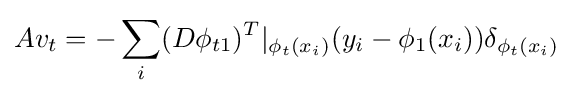
Av_{t}=-\sum _{i}(D\phi _{t1})^{T}|_{\phi _{t}(x_{i})}(y_{i}-\phi _{1}(x_{i}))\delta _{\phi _{t}(x_{i})}